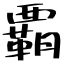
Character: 覇